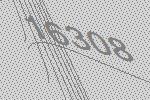
16308